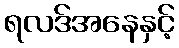
ရလဒ်အနေနှင့်